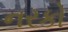
નરકો